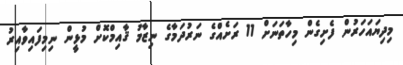
މިދިޔައަހަރުން ފެށިގެން މިހާތަނަށް 11 ރަށެއްގެ ނަރުދަމާގެ ނިޒާމު ޤާއިމްކޮށް މުޅީން ނިމިފައިވާއިރު